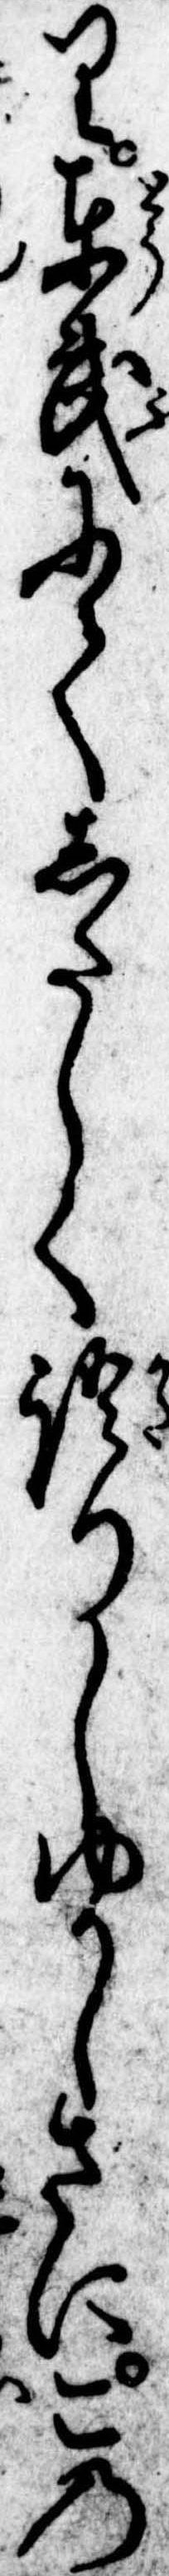
り東武にてしたしく語りしゆかしさにこの